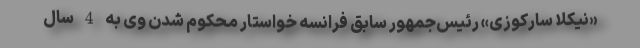
«نیکلا سارکوزی» رئیس‌جمهور سابق فرانسه خواستار محکوم شدن وی به 4 سال